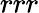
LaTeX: rrr